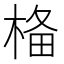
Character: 𣓂